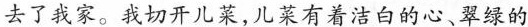
去了我家。我切开儿菜,儿菜有着洁白的心、翠绿的